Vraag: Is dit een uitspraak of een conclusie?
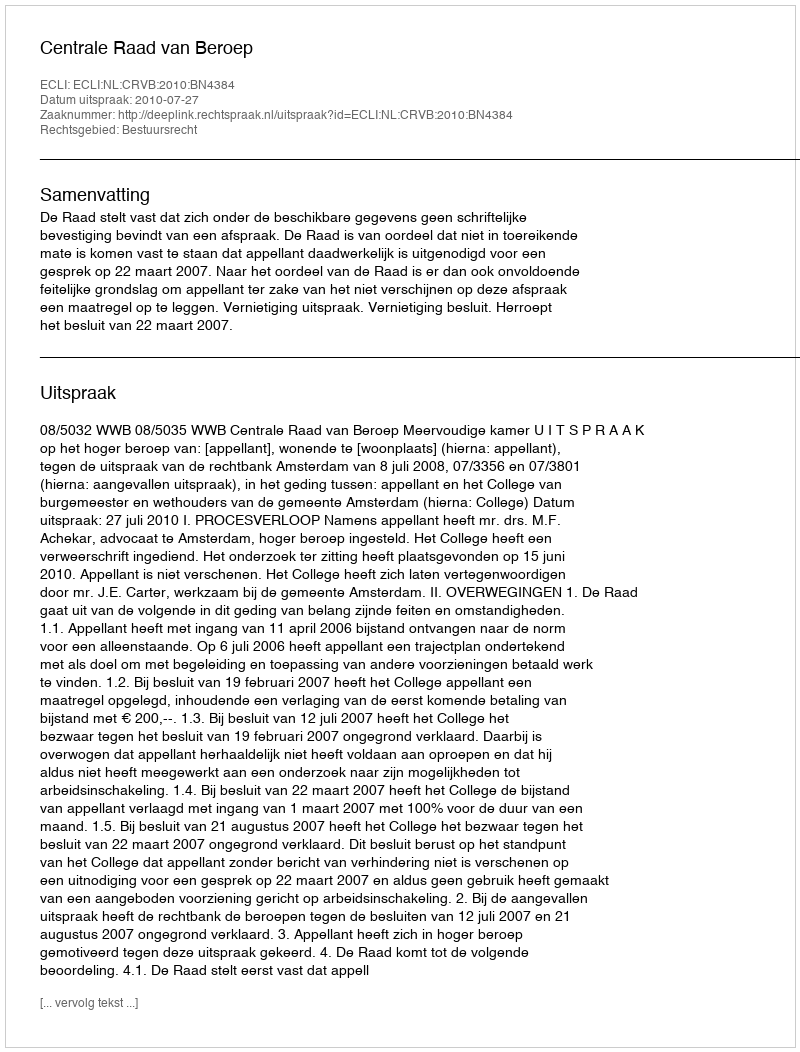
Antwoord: Uitspraak